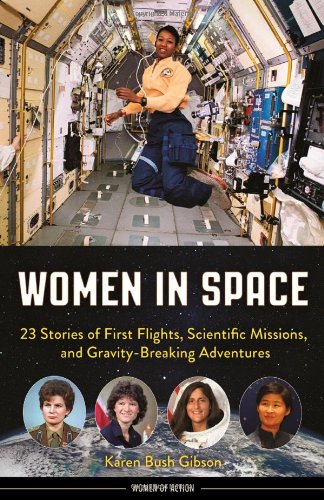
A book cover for Women in Space: 23 Stories of First Flights, Scientific Missions, and Gravity-Breaking Adventures (Women of Action); Karen Bush Gibson; Teen & Young Adult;